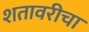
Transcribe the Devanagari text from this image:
शतावरीचा